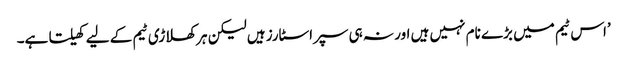
’اس ٹیم میں بڑے نام نہیں ہیں اور نہ ہی سپراسٹارز ہیں لیکن ہر کھلاڑی ٹیم کے لیے کھیلتا ہے۔